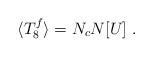
LaTeX: \begin{align*}\langle T_8^f\rangle = N_c N[U]\;.\end{align*}